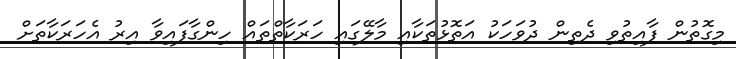
މިގޮތުން ފާއިތުވި ދެތިން ދުވަހަކު އަތޮޅުތަކާއި މާލޭގައި ހަރަކާތްތައް ހިންގާފައިވާ އިރު އެހަރަކާތަށް